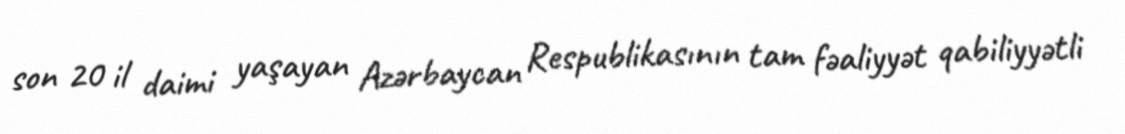
son 20 il daimi yaşayan Azərbaycan Respublikasının tam fəaliyyət qabiliyyətli